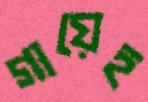
গায়েহ